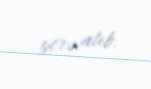
yerə atıb.